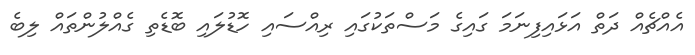
އެއްޗެއް ދަތް އަޅައިފިނަމަ ގައިގެ މަސްތަކުގައި ރިއްސައި ހޮޑުލައި ބޮޑެތި ގެއްލުންތައް ލިބެ